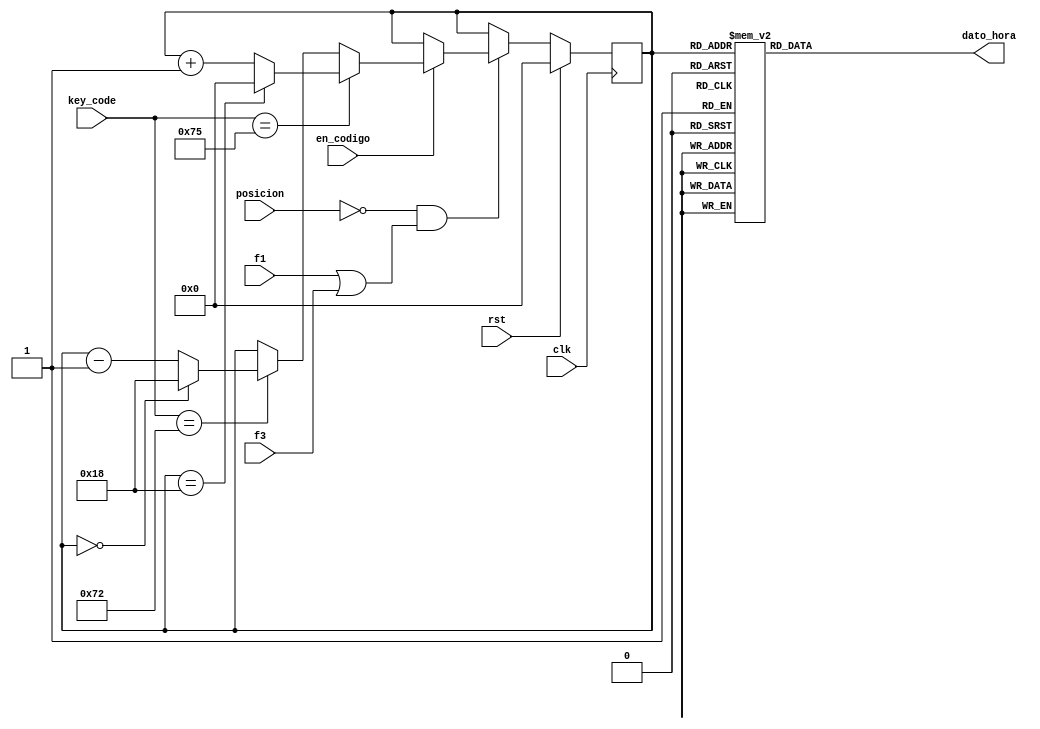
module cont_hora(
	input clk, rst,
	input [P-1:0]posicion,
	input en_codigo, f1,f3,
	input[N-1:0] key_code, 
	//input[N-1:0] Fs,
	output reg[N-1:0] dato_hora
    );

reg [4:0] hora;
parameter maximo =5'd24;
parameter N=8;
parameter P=2;



   always @ (posedge clk)
   begin
      if (rst)
         hora <= 0;
		else if (posicion==2'd0 &&  (f1==1'b1 || f3==1'b1))
		begin
			if(en_codigo)
			begin
				if (key_code==8'h75) //tecla 8 (subir)
				begin
					if (hora == maximo)
						hora <= 0;
					else 
						hora <= hora + 1'd1;
				end
				else if (key_code==8'h72) //tecla 2 (bajar)
				  begin
					  if (hora == 0)
						hora <= maximo;
					  else 
						hora <= hora - 1'd1;
				  end
				else 
				  hora <= hora;
			end
			else 
				  hora <= hora;
		end
		else 
			hora <= hora;
		
	end
	// En esta seccin se reliza internamente en el mdulo la conversion a hexadeciamal para cada uno de los
	//valores.
	always @ (hora)
		case (hora)
		   0 : dato_hora <=8'h00;
 			1 : dato_hora <=8'h01;
			2 : dato_hora <=8'h02;
			3 : dato_hora <=8'h03;
			4 : dato_hora <=8'h04;
			5 : dato_hora <=8'h05;
			6 : dato_hora <=8'h06;
			7 : dato_hora <=8'h07;
			8 : dato_hora <=8'h08;
			9 : dato_hora <=8'h09;
			10 : dato_hora <=8'h10;
			11 : dato_hora <=8'h11;
			12 : dato_hora <=8'h12;
			13 : dato_hora <=8'h13;
 			14 : dato_hora <=8'h14;
			15 : dato_hora <=8'h15;
			16 : dato_hora <=8'h16;
			17 : dato_hora <=8'h17;
			18 : dato_hora <=8'h18;
			19 : dato_hora <=8'h19;
			20 : dato_hora <=8'h20;
			21 : dato_hora <=8'h21;
			22 : dato_hora <=8'h22;
			23 : dato_hora <=8'h23;
 			24 : dato_hora <=8'h24;
			default: dato_hora <=8'h00;
		endcase
endmodule